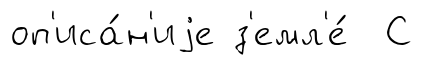
оп'иса́н'иjе з'емл'е́ С